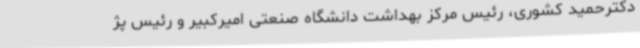
دکترحمید کشوری، رئیس مرکز بهداشت دانشگاه صنعتی امیرکبیر و رئیس پژ